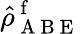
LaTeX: \hat{\rho}_{\mathrm{~A~B~E~}}^{\mathrm{~f~}}